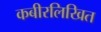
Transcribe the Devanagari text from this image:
कबीरलिखित